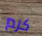
كرم